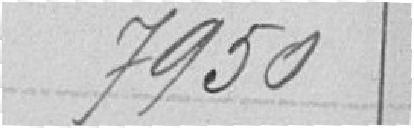
7950